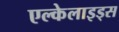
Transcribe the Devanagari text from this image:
एल्केलाइड्स